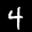
Label: 4